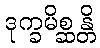
ဒုက္ခမိစ္ဆန္တိ